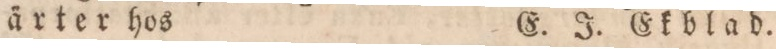
ärter hos    E. J. Ekblad.